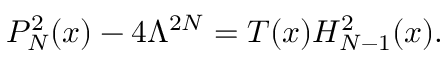
P _ { N } ^ { 2 } ( x ) - 4 \Lambda ^ { 2 N } = T ( x ) H _ { N - 1 } ^ { 2 } ( x ) .